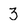
Character: 3